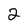
Character: 2